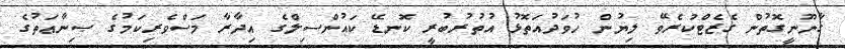
ޤާނޫނީގޮތުން ގެޒެޓްކުރެވޭ ލިޔުން ހުވަދުއަތޮޅު އުތުރުބުރީ ކޮނޑޭ ކައުންސިލްގެ އިދާރާ މަސްވެރިކަމުގެ ޞިނާޢަތުގެ